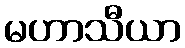
မဟာသီယာ